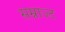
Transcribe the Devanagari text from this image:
सम्राज्ट